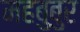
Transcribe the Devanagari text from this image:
महबुबुर